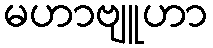
မဟာဗျူဟာ